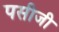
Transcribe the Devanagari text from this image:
पसीजी